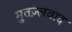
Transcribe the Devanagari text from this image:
मुतज़्लवाद